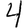
Digit: 4